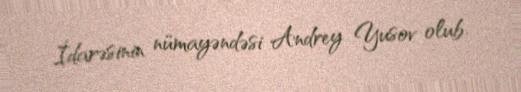
İdarəsinin nümayəndəsi Andrey Yusov olub.